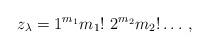
LaTeX: \begin{align*}z_{\lambda} = 1^{m_1} m_1!~ 2^{m_2} m_2! \dots \, ,\end{align*}